Medical and sanitary report of the native army of Bengal for the year
Year: 1877
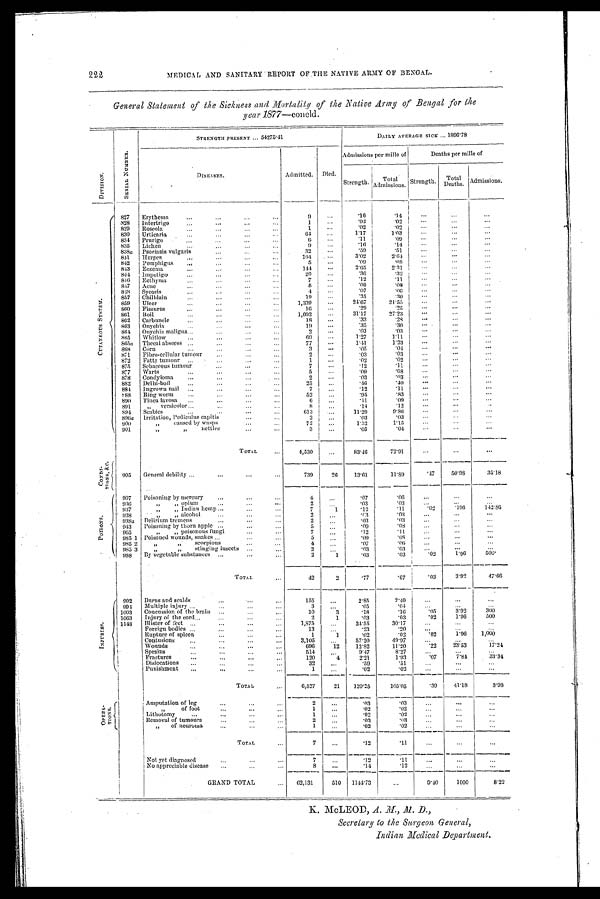
222
MEDICAL AND SANITARY REPORT OF THE NATIVE ARMY OF BENGAL.
General Statement of the Sickness and Mortality of the Native Army of Bengal for the
year 1877—concld.
D I V I S I O N
S E R I A L N U M B E R .
S T R E N G T H P R E S E N T . . . 5 4 2 7 5 . 4 1
DAILY AVERAGE SICK. ... 1896.78
D I S E A S E S .
Admitted. Died.
Admissions per mille of
Deaths per mille of
Strength. Total
Admissions. Strength. Total
Deaths. Admissions.
C U T A N E O U S S Y S T E M .
827 Erythema
...
...
...
9 ...
. 1 6
. 1 4
. . .
. . . ...
828 Intertrigo...
. . .
. . .
1
. . .
. 0 2 . 0 2
. . . ...
. . .
829 Roseola
..
...
1
. . .
. 0 2
. 0 2
. . . ...
. . .
830 Urticaria...
...
64 ...
1.17
1.03
. . .
. . . . . .
834
P r u r i g o
6
. . .
. 1 1 . 0 9
. . . ...
...
835 Lichen...
9 ...
. 1 6
.14
...
. . .
...
838a Psoriasis vulgaris...
3 2
. . .
. 5 9 . 5 1
. . .
. . .
. . .
841 Herpes
...
...
164
. . .
3.02
2.64
. . . . . .
. . .
842 Pemphigus ......
5 ...
. 0 9 . 0 8
. . .
. . . . . .
843 Eczema
...
...
...
1 4 4
...
2.65
2.31
. . . . . .
...
844 Impetigo
20
. . .
. 3 6 . 3 2
...
. . .
. . .
846 Ecthyma
...
...
...
7
. . .
. 1 2 . 1 1
...
. . .
...
847 Acne
...
...
... ...
5
. . .
. 0 9 . 0 8
. . . . . .
. . .
818
S y c o s i s
. . . . . .
4
. . .
. 0 7 . 0 6
. . . . . .
. . .
857 Chilblain...
19
. . .
. 3 5 . 3 0
. . .
. . . . . .
859 Ulcer
... ... ... ... 1,339
. . .
24.67
21.55
. . . . . .
. . .
860 Fissures
... ... ...
16
. . .
. 2 9 . 2 5
. . . . . .
. . .
861 Boil
...
...
... ...
1,692
. . .
31.17
27.23
...
. . . ...
862 Carbuncle ...
... ...
18
. . .
. 3 3 . 2 8
. . .
. . . . . .
863 Onychia
...
... ...
19
. . .
. 3 5 . 3 0
. . . . . .
. . .
864 Onychia maligna... ... ...
2
. . .
. 0 3 . 0 3
. . .
. . .
. . .
865 Whitlow
...
... ... ...
69
. . . 1.27
1.11
. . .
. . . . . .
865a Thecal abseess... ...
77
. . .
1.41
1.23
. . . . . .
. . .
868 Corn ... ... ...
3
. . .
. 0 5 . 0 4
. . . . . .
. . .
871 Fibro-cellular tumour ... ...
2
. . .
. 0 3 . 0 3
...
. . .
. . .
872 Fatty tumour ......
1
. . .
. 0 2 . 0 2
...
. . . ...
875 Sebaceous tumour
...
...
7
. . .
. 1 2 . 1 1
. . . . . .
. . .
877 Warts
...
...
... ...
5
. . .
. 0 9 . 0 8
. . . . . .
. . .
878 Condyloma ......
2
. . .
. 0 3 . 0 3
. . . . . .
. . .
882 Delhi-boil ...
... ... ...
25
. . .
. 4 6 . 4 0
. . . . . .
. . .
884 Ingrown nail ... ...
7 ...
. 1 2 . 1 1
. . .
. . . . . .
888 Ring worm ...
...
...
52
. . .
. 9 5 . 8 3
. . . . . .
. . .
890 Tinea favosa ...
......
...
6
. . .
. 1 1 . 0 9
. . .
. . .
. . .
891. " versicolor ...
8
. . .
. 1 4 . 1 2
. . . . . .
. . .
894 Scabies
...
... ...
613
. . .
11.29
9.86
. . .
. . . . . .
896a Irritation, Pediculus capitis
2 ...
. 0 3 . 0 3
. . . . . .
. . .
900
" caused by wasps
7 2
. . .
1.32
1.15
. . . . . .
. . .
901
" "
n e t t l e s
. . .
. . .
3
...
. 0 5 . 0 4
. . . . . .
. . .
TOTAL...
4 , 5 3 0 . . .
83.46
72.91
. . .
. . . . . .
C O N D I - T I O N S , & C .
905 General debility ...
... ... ...
739
26 13.61
1 1 . 8 9
.47
50.98
3 5 . 1 8
P O I S O N S .
907 Poisoning by mercury ......
...
4
. . .
. 0 7 . 0 6
...
...
...
936
"
" o p i u m . . .
. . .
. . .
2 ...
. 0 3 . 0 3
. . .
. . .
. . .
. 0 2 . 1 9 6 1 4 2 . 8 6
937
" " I n d i a n h e m p
. . .
7
1
. 1 2 . 1 1
938
"
" a l c o h o l
. . .
. . .
. . .
2 ...
. 0 3 . 0 3
. . . ...
. . .
938a Delirium tremens
... ... ...
2 ...
. 0 3 . 0 3
. . .
. . .
. . .
943 Poisoning by thorn apple ......
...
5 ...
. 0 9 . 0 8
. . .
. . .
...
965
" " p o i s o n o u s f u n g i
7 ...
. 1 2 .11
. . . ...
. . .
985 1 Poisoned wounds, snakes ......
...
5
. . .
. 0 9 . 0 8
. . . ...
. . .
985 2
" " .
s c o r p i o n s
. . .
. . .
4
...
. 0 7 . 0 6
. . .
. . .
. . .
985 3
" " s t i n g i n g i n s e c t s
2
. . .
. 0 3 . 0 3
. . .
. . .
. . .
988 By vegetable substances...
. . .
2
1
. 0 3
. 0 3
. 0 2
1.96
5 0 0 .
TOTAL
...
42
2
. 7 7 . 6 7
. 0 33.92
4 7 . 6 6
I N J U R I E S .
992 Burns and scalds
...
155
. . .
2.85
2.49
. . . ...
. . .
994 Multiple injury ...
...
...
3
. . .
. 0 5
. 0 4
. . . ...
...
1003 Concussion of the brain ...
10
3
. 1 8 . 1 6
. 0 53.92
300
1063 Injury of the cord...
... ... ...
2
1
. 0 3 . 0 3
. 0 2
1.96
500
1148 Blister of feet ... ... ..... ...
1,875
. . . 34.55
30.17
. . . ...
...
Foreign bodies
13
. . .
. 2 3 . 2 0
. . .
. . .
...
...
•••
Rupture of spleen
. . .
. . .
. . .
1
1
. 0 2 . 0 2
. 0 21.96 1,000
Contusions ... ... ... ..
3,105
. . . 57.20
49.97
. . . ...
...
Wounds
... ... ...
696
12 12.82
11.20
. 2 2
23.53
1 7 . 2 4
Sprains
...
... ...
514 ...
9.47
8.27
. . . ...
...
Fractures
... ... ... ..
120
4
2.21
1.93
. 0 77.84
3 3 . 3 4
Dislocations ....
...
32
. . .
. 5 9 . 5 1
. . .
. . .
...
Punishment
1
. . .
. 0 2 . 0 2
. . .
. . .
. . .
TOTAL
6,527
21 120.25
105.05
. 3 9
41.18
3 . 9 8
O P E R A T I O N S .
Amputation of leg
... ... ...
2
_...
.03 .03
. . . . . .
. . .
"
of foot
. . .
. . .
. . .
1
. . .
. 0 2
. 0 2
...
. . .
...
Lithotomy
... ... ...
1 ...
. 0 2
. 0 2
. . . ...
. . .
Removal of tumours
...
2 ...
. 0 3
. 0 3
...
. . .
...
" of neuroma . . .
1
. . .
. 0 2
. 0 2
. . . . . .
. . .
TOTAL
7
...
. 1 2
. 1 1
...
. . . . . .
Not yet diagnosed ...
... ...
7
. . .
. 1 2
. 1 1
...
...
. . .
No appreciable disease...
8
. . .
. 1 4 .12
. . .
. . .
. . .
GRAND TOTAL
... 62,131
510 1144.73
...
9.40 1000
8.22
K. McLEOD, A. M., M. D.,
Secretary to the Surgeon General,
Indian Medical Department.